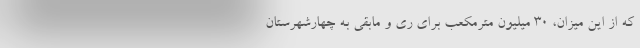
که از این میزان، ۳۰ میلیون مترمکعب برای ری و مابقی به چهارشهرستان